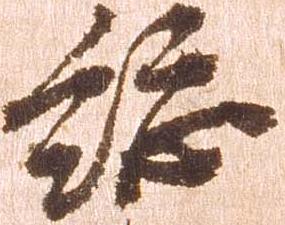
総